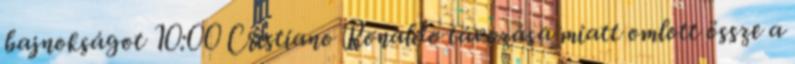
bajnokságot 10:00 Cristiano Ronaldo távozása miatt omlott össze a